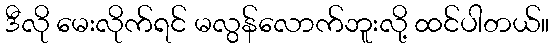
ဒီလို မေးလိုက်ရင် မလွန်လောက်ဘူးလို့ ထင်ပါတယ်။